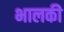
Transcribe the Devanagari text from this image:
भालकी